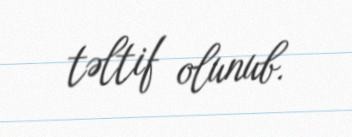
təltif olunub.